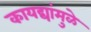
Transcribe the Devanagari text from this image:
कायद्यांमुळे